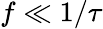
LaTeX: f\ll 1/\tau